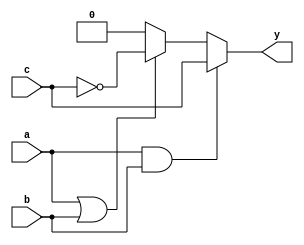
module combinational_logic (
    input wire a,
    input wire b,
    input wire c,
    output reg y
);

always @(*) begin
    // Combinational logic operations
    if (a && b) begin
        y = c;             // If both a and b are high, output c
    end else if (a || b) begin
        y = ~c;            // If either a or b is high, output NOT c
    end else begin
        y = 1'b0;          // If neither a nor b is high, output 0
    end
end

endmodule